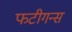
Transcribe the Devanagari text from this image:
फटीगन्स